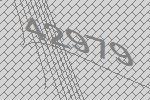
42979